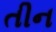
તીન